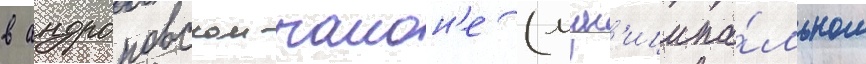
в андроповском раион'е (мун'иципа́льном